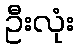
ဦးလုံး